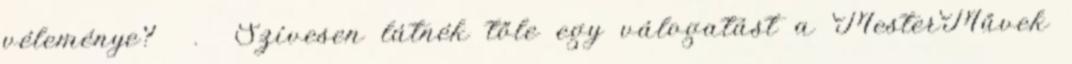
véleménye? . Szívesen látnék tőle egy válogatást a MesterMűvek